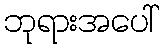
ဘုရားအပေါ်